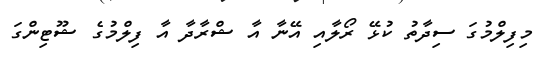
މިފިލްމުގަ ސިދާތު ކުޅޭ ރޯލާއި އޭނާ އާ ޝްރާދާ އާ ފިލްމުގެ ޝޫޓިންގަ